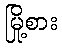
မြို့စား